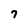
Character: 7